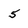
Character: 5